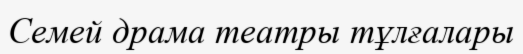
Семей драма театры тұлғалары